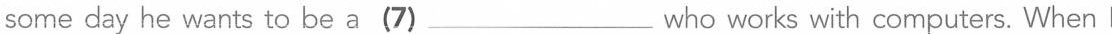
some day he wants to be a(7)___who works with computers. When